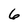
Character: 6